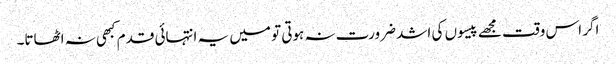
اگر اس وقت مجھے پیسوں کی اشد ضرورت نہ ہوتی تو میں یہ انتہائی قدم کبھی نہ اٹھاتا۔